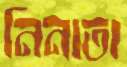
নিনাতা